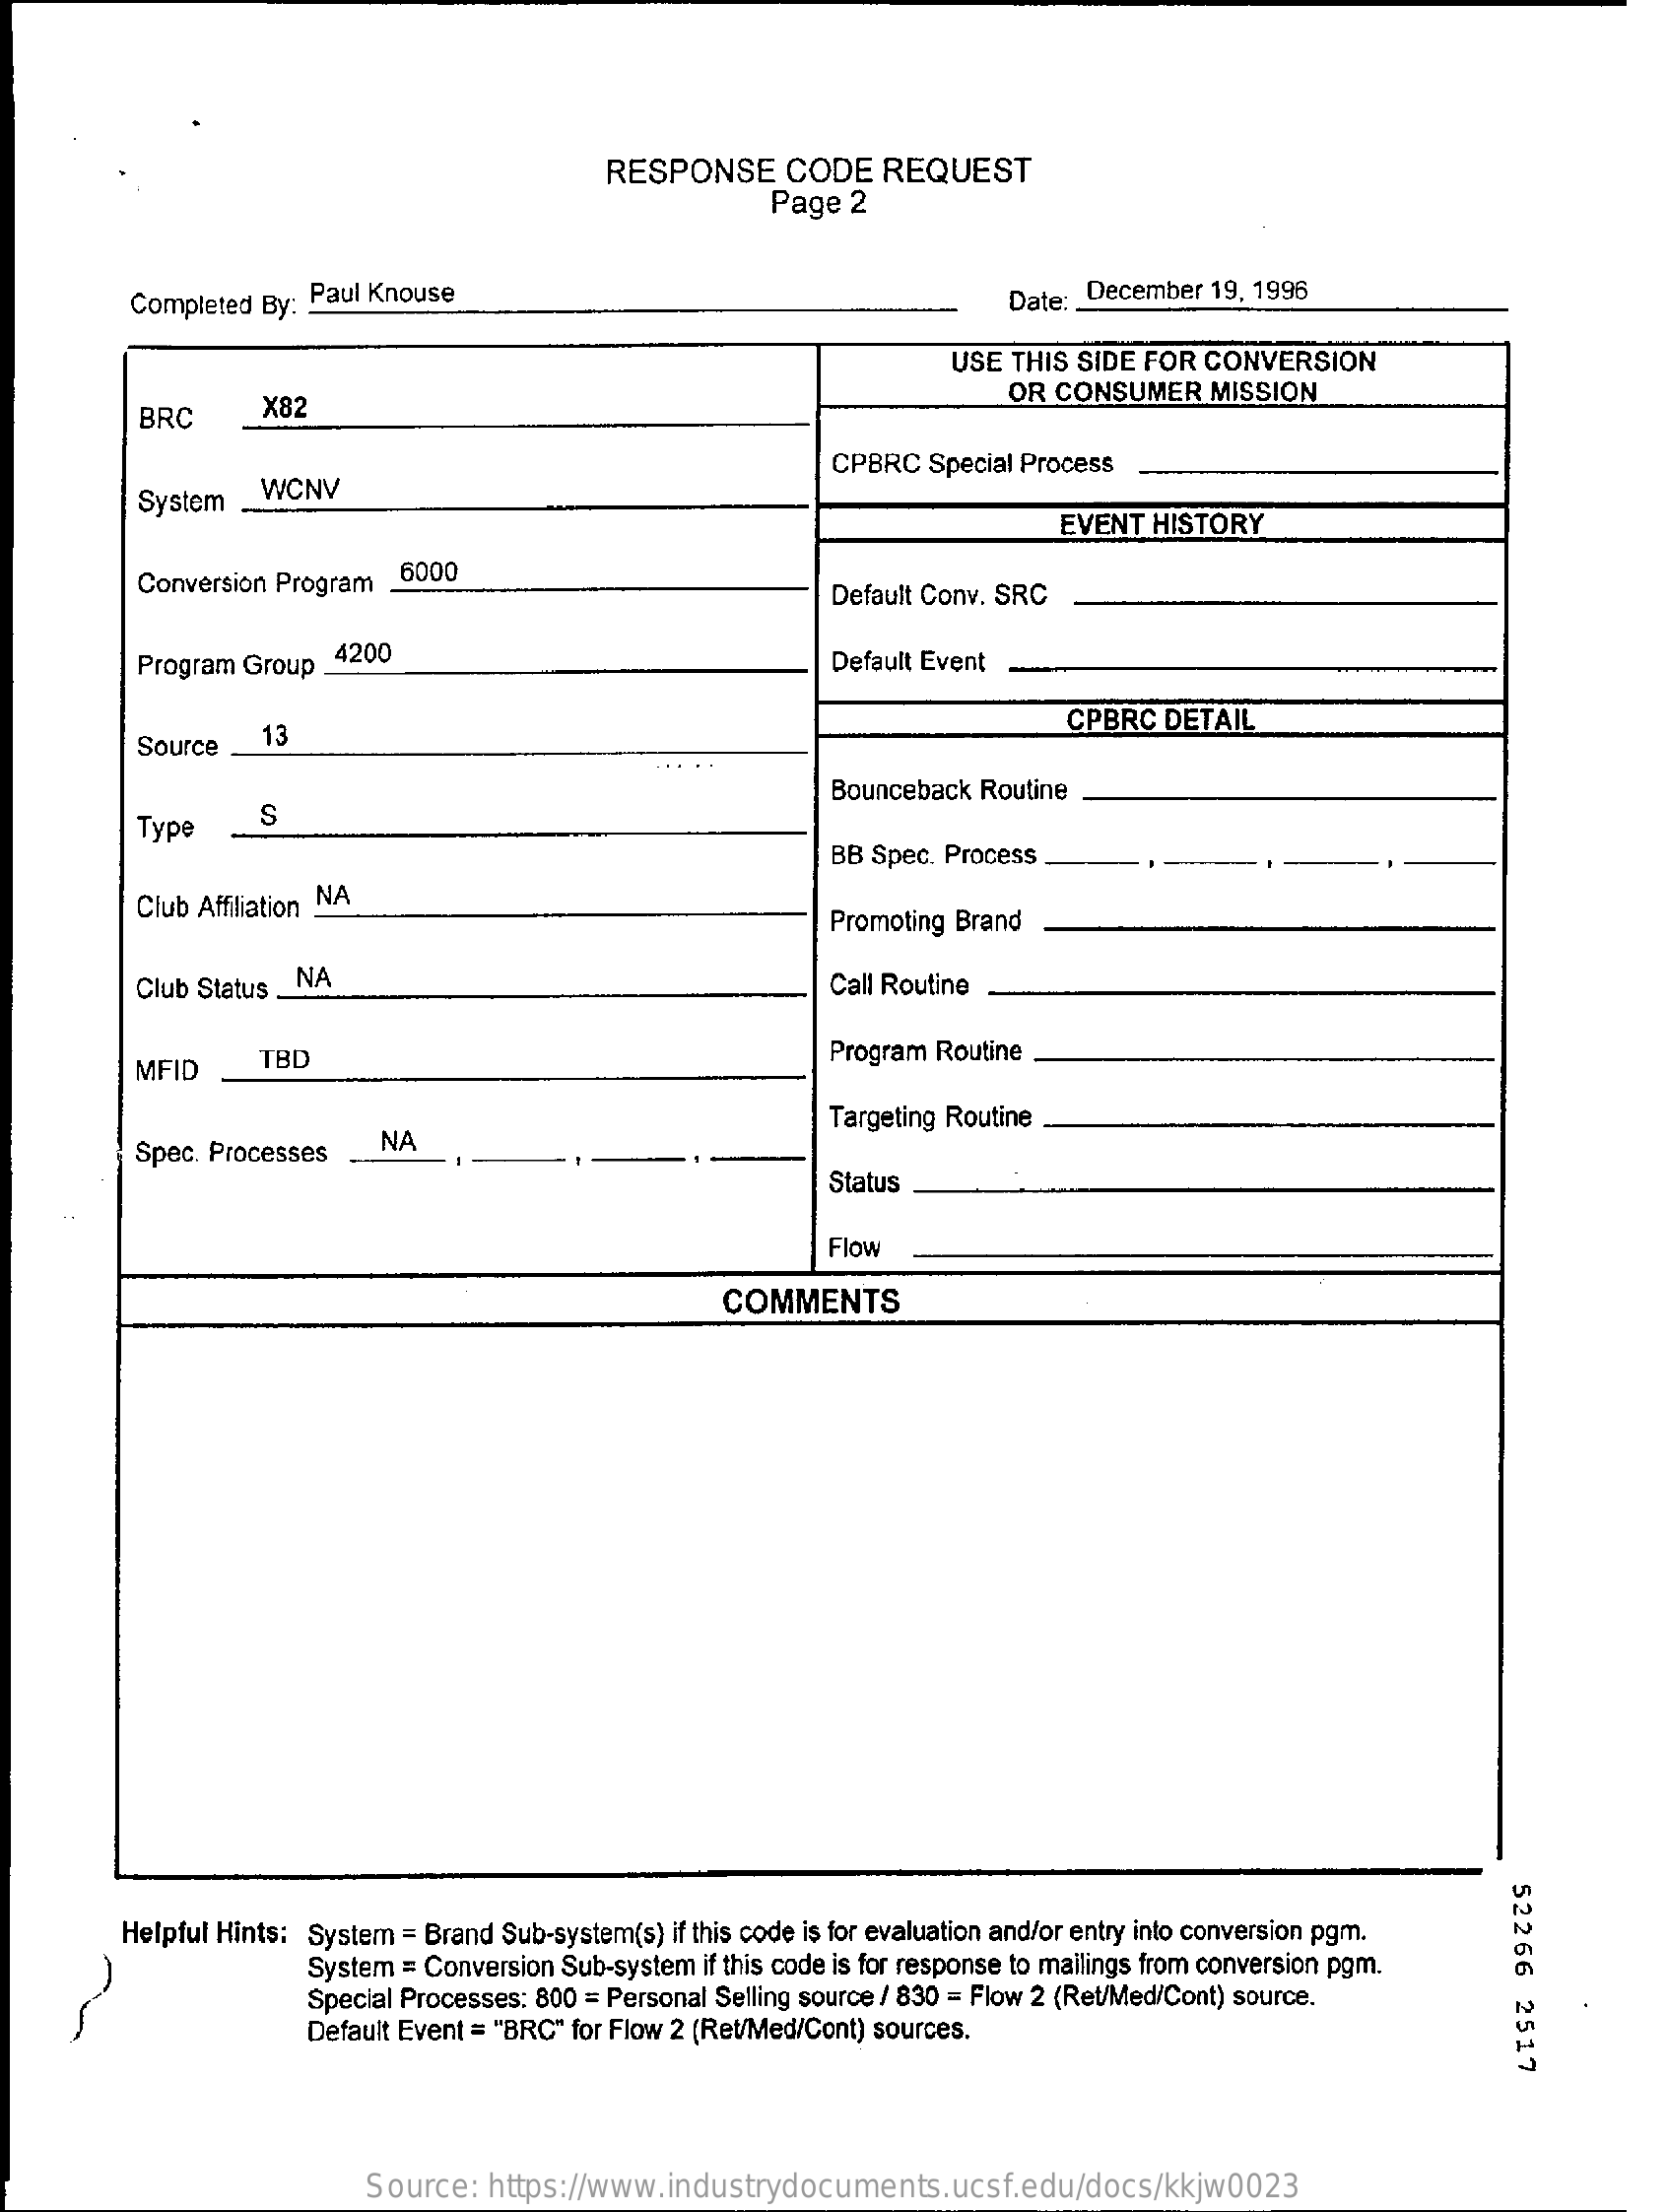
RESPONSE    CODE   REQUEST
     Page  2
     Completed By: Paul Knouse    Date: _ December 19, 1996
     USE THIS SIDE FOR  CONVERSION
     BRC    X82    OR CONSUMER   MISSION
     WCNV
     CPBRC  Special Process
     System
     EVENT  HISTORY
     Conversion Program . 6000
     Default Conv. SRC
     Program Group_ 4200    Default Event
     Source    13
     CPBRC  DETAIL
     Bounceback Routine
     Type    S
     BB Spec. Process
     Club Affiliation NA
     Promoting Brand
     Club Status _ NA    Call Routine
     MFID    TBD    Program Routine
     Targeting Routine
     Spec. Processes   NA
     Status
     Flow
     COMMENTS
     $2266
     2517
     Helpful Hints: System = Brand Sub-system(s) if this code is for evaluation and/or entry into conversion pgm.
     System = Conversion Sub-system if this code is for response to mailings from conversion pgm.
     Special Processes: 800 = Personal Selling source / 830 = Flow 2 (Ret/Med/Cont) source.
     Default Event = "BRC" for Flow 2 (Ret/Med/Cont) sources.
     Source:  https://www.industrydocuments.ucsf.edu/docs/kkjw0023